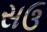
સઉ